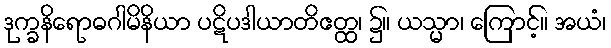
ဒုက္ခနိရောဓဂါမိနိယာ ပဋိပဒါယာတိဧတ္ထ၊ ၌။ ယသ္မာ၊ ကြောင့်။ အယံ၊